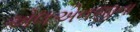
એલએનજીના